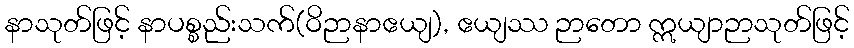
နာသုတ်ဖြင့် နာပစ္စည်းသက်(ဝိဉာနာဧယျ), ဧယျဿ ဉာတော ဣယျာဉာသုတ်ဖြင့်